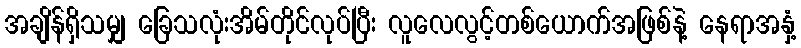
အချိန်ရှိသမျှ ခြေသလုံးအိမ်တိုင်လုပ်ပြီး လူလေလွင့်တစ်ယောက်အဖြစ်နဲ့ နေရာအနှံ့